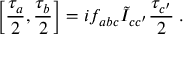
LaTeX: \left[ \frac { { \tau } _ { a } } 2 , \frac { { \tau } _ { b } } 2 \right] = i { f } _ { a b c } \tilde { I } _ { c c ^ { \prime } } \frac { \tau _ { c ^ { \prime } } } 2 \; .